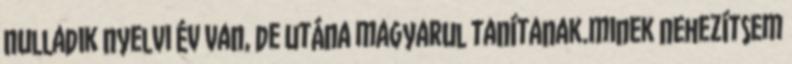
nulladik nyelvi év van, de utána magyarul tanítanak.minek nehezítsem